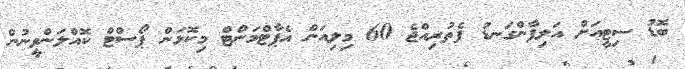
ބޮޑު ސިޓީއަށް އަލިފާންގަނޑު ފެތުރިއްޖެ 60 މިލިއަން އެޕާޓްމަންޓް މިކޮޅަން ޕޯސްޓް ކޮއްލަންވީނުން